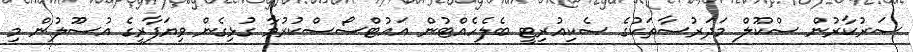
ސަރުކާރުން ސްކޫލް މަދަރުސާތަކުގެ ސެކިއުރިޓީ ބެލެހެއްޓުން އައުޓްސޯސްކުރުމާ ގުޅިގެން ވިޔަފާރީގެ އުސޫލުން މި